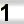
Digit: 1